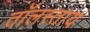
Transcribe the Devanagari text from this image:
तॉलस्ताय